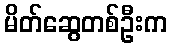
မိတ်ဆွေတစ်ဦးက